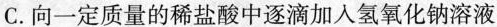
C.向一定质量的稀盐酸中逐滴加入氢氧化钠溶液